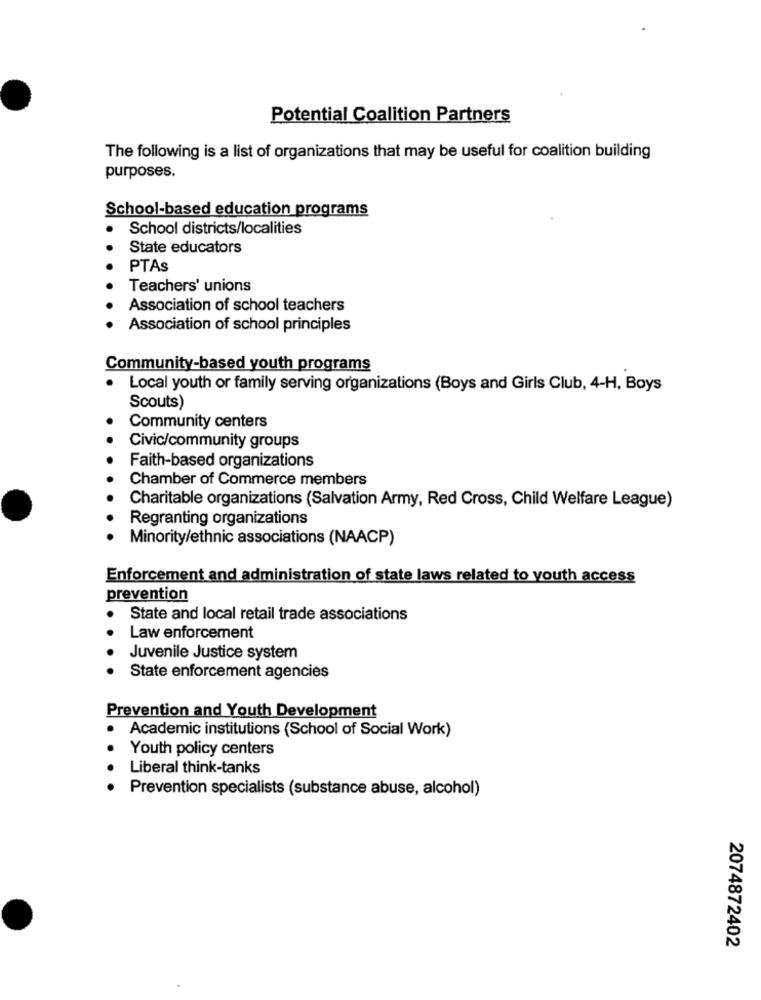
Potential Coalition Partners
The following is a list of organizations that may be useful for coalition building
purposes.
School-based education programs
School districts/localities
State educators
PTAS
Teachers' unions
Association of school teachers
Association of school principles
Community-based youth programs
Local youth or family serving organizations (Boys and Girls Club, 4-H, Boys
Scouts)
Community centers
Civic/community groups
Faith-based organizations
Chamber of Commerce members
Charitable organizations (Salvation Army, Red Cross, Child Welfare League)
Regranting organizations
Minority/ethnic associations (NAACP)
Enforcement and administration of state laws related to youth access
prevention
State and local retail trade associations
Law enforcement
Juvenile Justice system
State enforcement agencies
Prevention and Youth Development
Academic institutions (School of Social Work)
Youth policy centers
Liberal think-tanks
Prevention specialists (substance abuse, alcohol)
2074872402